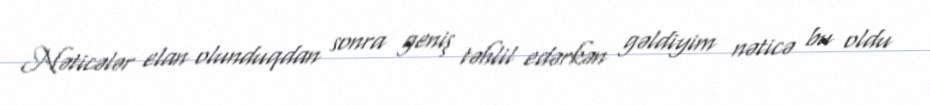
Nəticələr elan olunduqdan sonra geniş təhlil edərkən gəldiyim nəticə bu oldu